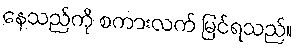
နေသည်ကို စကားလက် မြင်ရသည်။